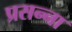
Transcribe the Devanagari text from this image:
प्रसन्‍ना